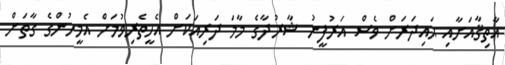
އާތިޤާއަށާއި ޙައިދަރަށް ވެސް އަރުފީނު ޝާރުދާގެ މާމަ ދަރިއަކަށް އެހީތެރިވުމަށް އެމީހުންގެ ގާތަށް